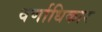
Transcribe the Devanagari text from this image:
वर्णाधिकार